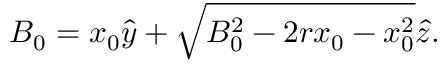
\boldsymbol { B } _ { 0 } = x _ { 0 } \boldsymbol { \hat { y } } + \sqrt { B _ { 0 } ^ { 2 } - 2 r x _ { 0 } - x _ { 0 } ^ { 2 } } \boldsymbol { \hat { z } } .